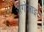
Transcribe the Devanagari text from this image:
रांगोलाइट